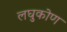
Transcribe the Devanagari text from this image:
लघुकोण